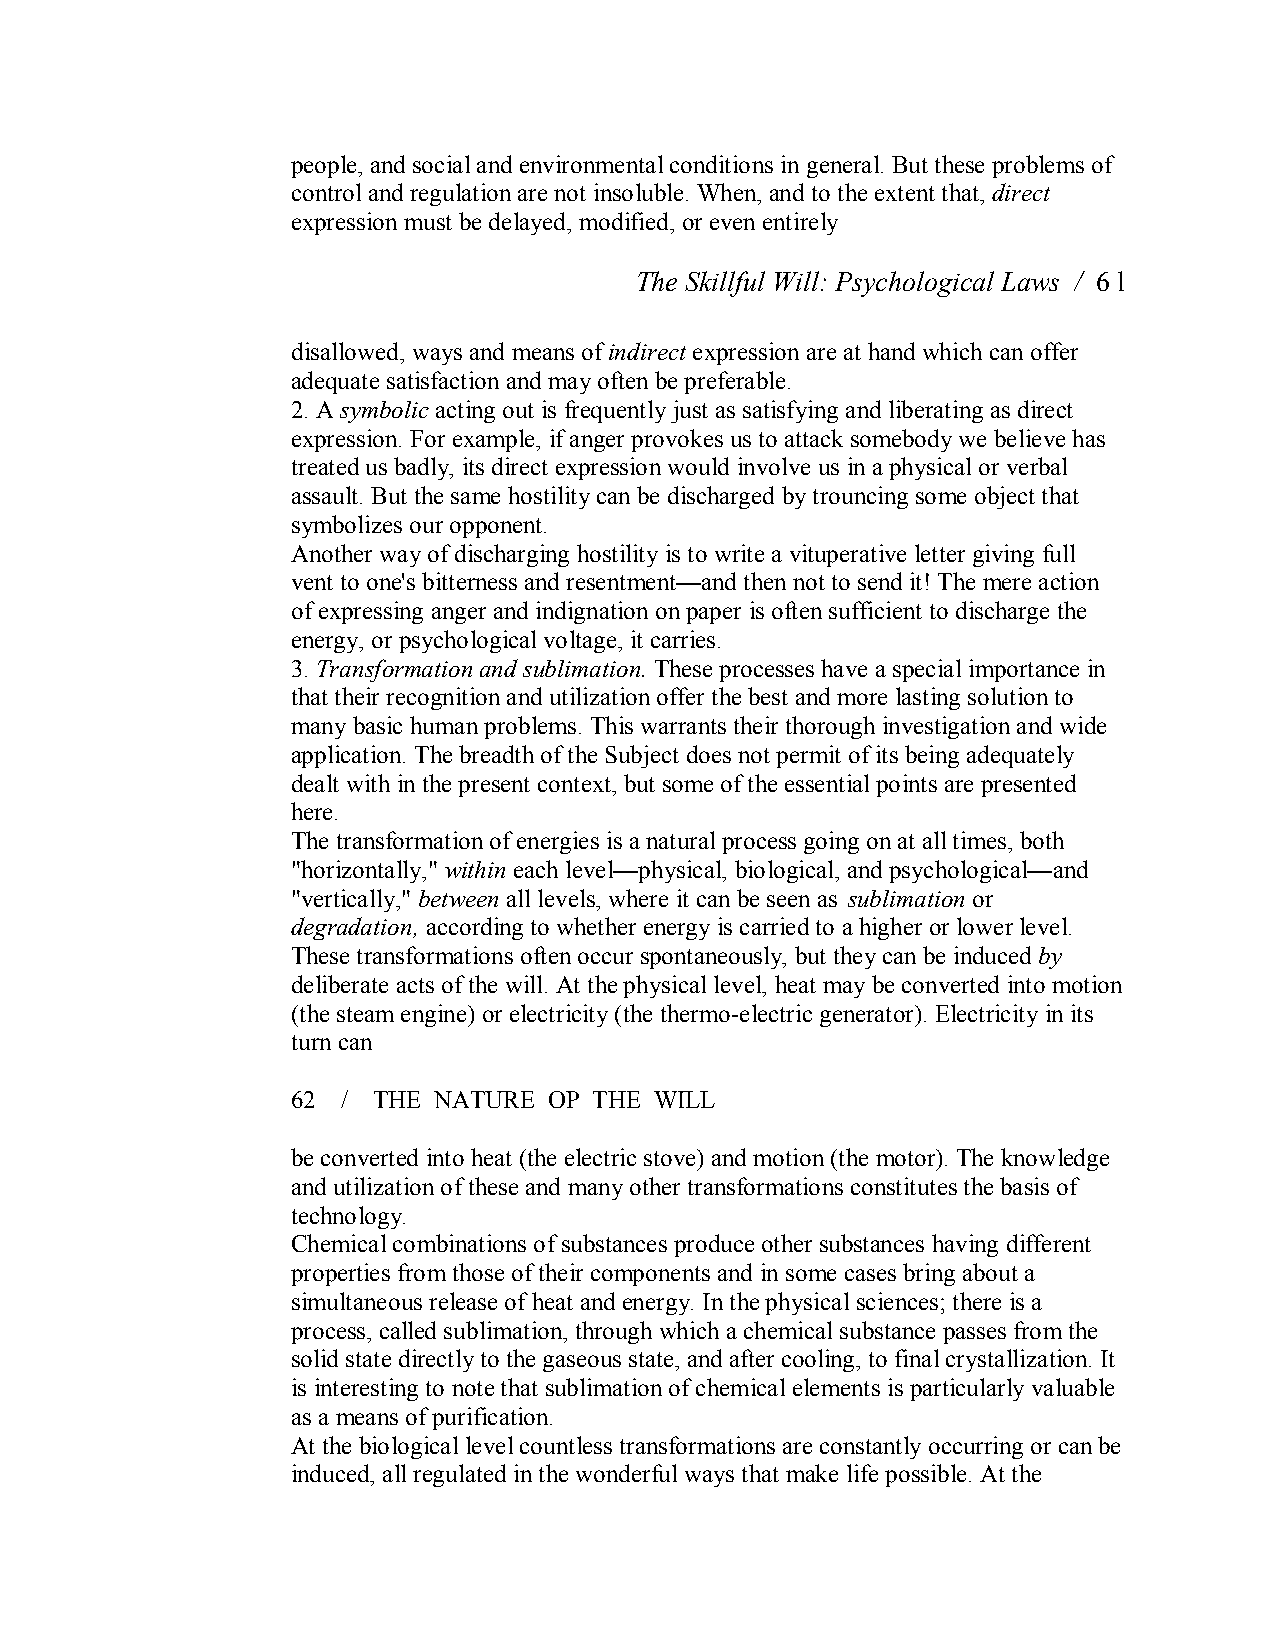
people, and social and environmental conditions in general. But these problems of
 control and regulation are not insoluble. When, and to the extent that,direct
 expression must be delayed, modified, or even entirely
 The Skillful Will: Psychological Laws / 6 l
 disallowed, ways and means ofindirect expression are at hand which can offer
 adequate satisfaction and may often be preferable.
 2. Asymbolic acting out is frequently just as satisfying and liberating as direct
 expression. For example, if anger provokes us to attack somebody we believe has
 treated us badly, its direct expression would involve us in a physical or verbal
 assault. But the same hostility can be discharged by trouncing some object that
 symbolizes ouropponent.
 Another way of discharging hostility is to write a vituperative letter giving full
 vent to one's bitterness and resentment—and then not to send it! The mere action
 of expressing anger and indignation on paper is often sufficient to discharge the
 energy, or psychological voltage, it carries.
 3. Transformation and sublimation. These processes have a special importance in
 that their recognition and utilization offer the best and more lasting solution to
 many basic human problems. This warrants their thorough investigation and wide
 application. The breadth of the Subject does not permit of its being adequately
 dealt with in the present context, but some of the essential points are presented
 here.
 The transformation of energies is a natural process going on at all times, both
 "horizontally," within each level—physical, biological, and psychological—and
 "vertically," between all levels, where it can be seen as sublimation or
 degradation, according to whether energy is carried to a higher or lower level.
 These transformations often occur spontaneously, but they can be induced by
 deliberate acts of the will. At the physical level, heat may be converted into motion
 (the steam engine) or electricity (the thermo­electric generator). Electricity in its
 turn can
 62  / THE NATURE OP THE WILL
 be converted into heat (the electric stove) and motion (the motor). The knowledge
 and utilization of these and many other transformations constitutes the basis of
 technology.
 Chemical combinations of substances produce other substances having different
 properties from those of their components and in some cases bring about a
 simultaneous release of heat and energy. In the physical sciences; there is a
 process, called sublimation, through which a chemical substance passes from the
 solid state directly to the gaseous state, and after cooling, to final crystallization. It
 is interesting to note that sublimation of chemical elements is particularly valuable
 as a means of purification.
 At the biological level countless transformations are constantly occurring or can be
 induced, all regulated in the wonderful ways that make life possible. At the